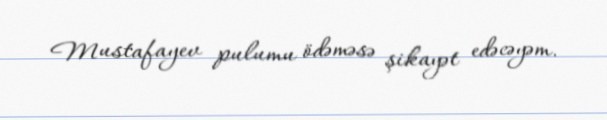
Mustafayev pulumu ödəməsə şikayət edəcəyəm.